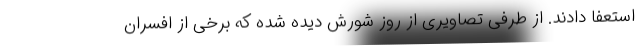
استعفا دادند. از طرفی تصاویری از روز شورش دیده شده که برخی از افسران